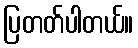
ပြတတ်ပါတယ်။